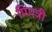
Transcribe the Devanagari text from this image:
पिएत्री